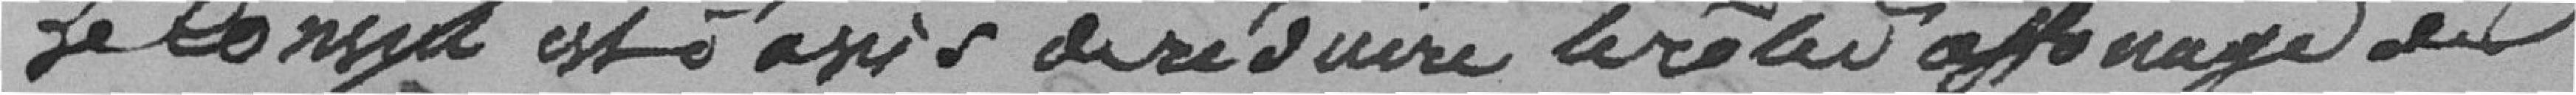
Le Conseil est d'avis de réduire le rôle d'affouage de